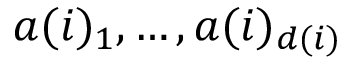
a ( i ) _ { 1 } , \dots , a ( i ) _ { d ( i ) }